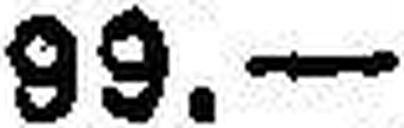
99.—